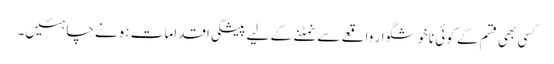
کسی بھی قسم کے کوئی ناخوشگوار واقعے سے نمٹنے کے لیے پیشگی اقدامات ہونے چاہئیں۔